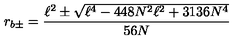
r _ { b \pm } = \frac { \ell ^ { 2 } \pm \sqrt { \ell ^ { 4 } - 4 4 8 N ^ { 2 } \ell ^ { 2 } + 3 1 3 6 N ^ { 4 } } } { 5 6 N }